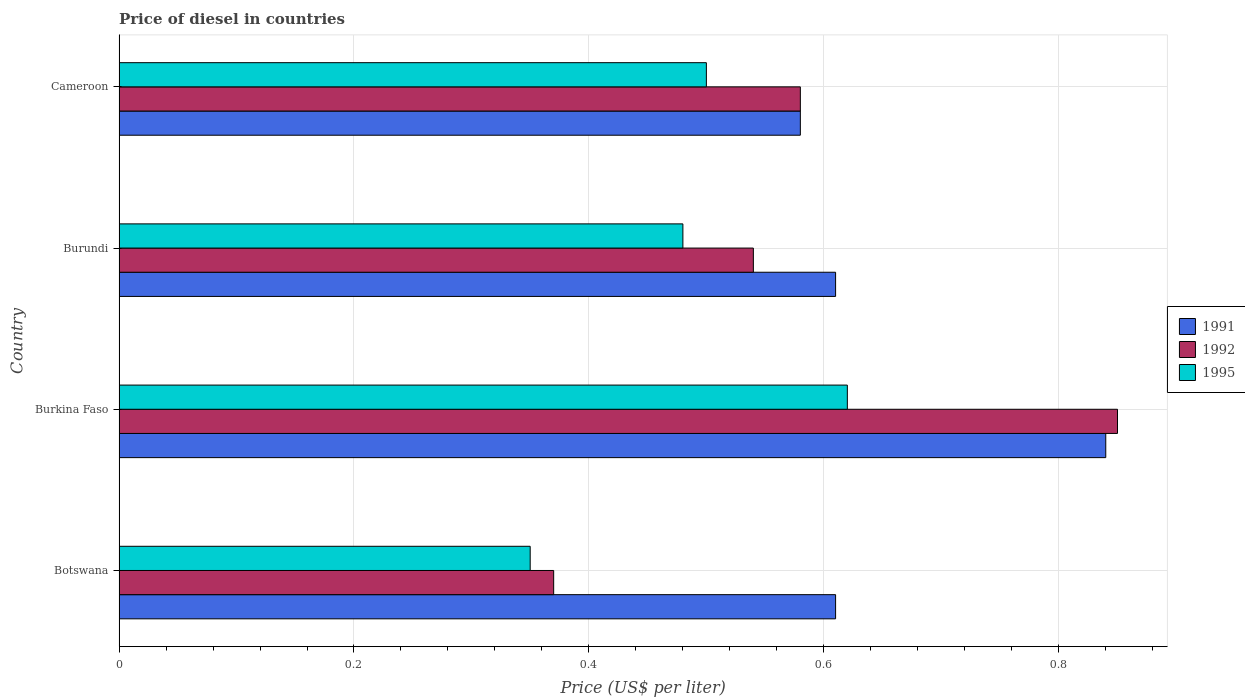
| Country | 1991 | 1992 | 1995 |
 | --- | --- | --- | --- |
 | Botswana | 0.61 | 0.37 | 0.35 |
 | Burkina Faso | 0.84 | 0.85 | 0.62 |
 | Burundi | 0.61 | 0.54 | 0.48 |
 | Cameroon | 0.58 | 0.58 | 0.5 |